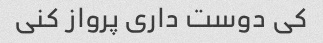
کی دوست داری پرواز کنی